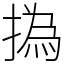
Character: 撝